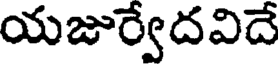
యజుర్వేదవిదే